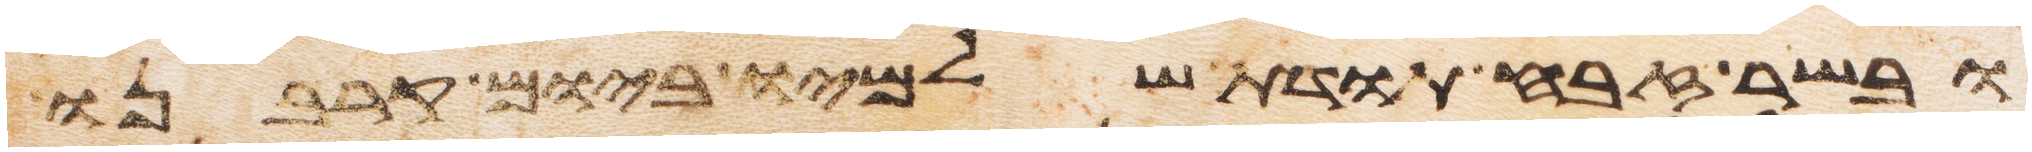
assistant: ובשר זבח תודת שלמיו ביום קרבנו